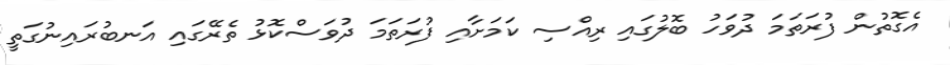
އެގޮތުން ފުރަތަމަ ދުވަހު ބޮލުގައި ރިއްސި ކަމަށާއި ފުރަތަމަ ދުވަސްކޮޅު ތެރޭގައި އަނބުރައިނުގަތީ